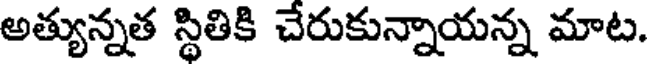
అత్యున్నత స్థితికి చేరుకున్నాయన్న మాట.